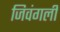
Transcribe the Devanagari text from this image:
जिवंगली